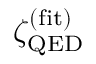
\zeta _ { \mathrm { Q E D } } ^ { \mathrm { ( f i t ) } }